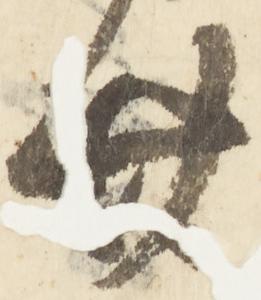
廿